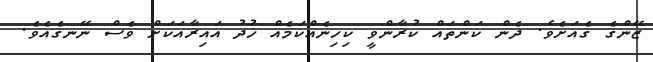
ޒޭންގެ ގެއަށެވެ. ދެން ކަންތައް ކުރާންވީ ކިހިނެއްކަމެއް ޚުދު އައިރާއަކަށް ވެސް ނޭނގެއެވެ.